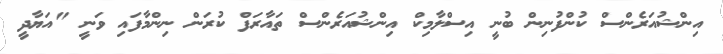
އިންޝުއަރެންސް ކުންފުނިން ބުނީ އިސްލާމިކް އިންޝުއަރެންސް ތައާރަފް ކުރަން ނިންމާފައި ވަނީ "އަޔާދީ